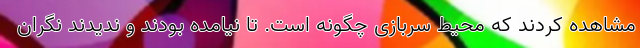
مشاهده کردند که محیط سربازی چگونه است. تا نیامده بودند و ندیدند نگران